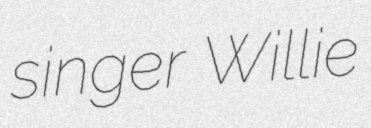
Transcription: singer Willie